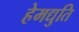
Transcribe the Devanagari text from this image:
हेमद्युति